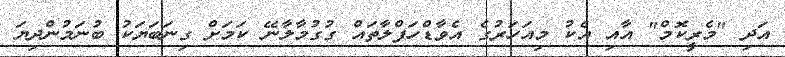
އަދި "މެރީކޮމް" އާއި އެކު މިއަހަރުގެ އެވާޑްހަފްލާތައް ގުގުމާލާނޭ ކަމަށް ގިނަބަޔަކު ބުނަމުންދިޔަ